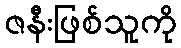
ဇနီးဖြစ်သူကို